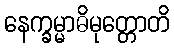
နေက္ခမ္မာဓိမုတ္တောတိ